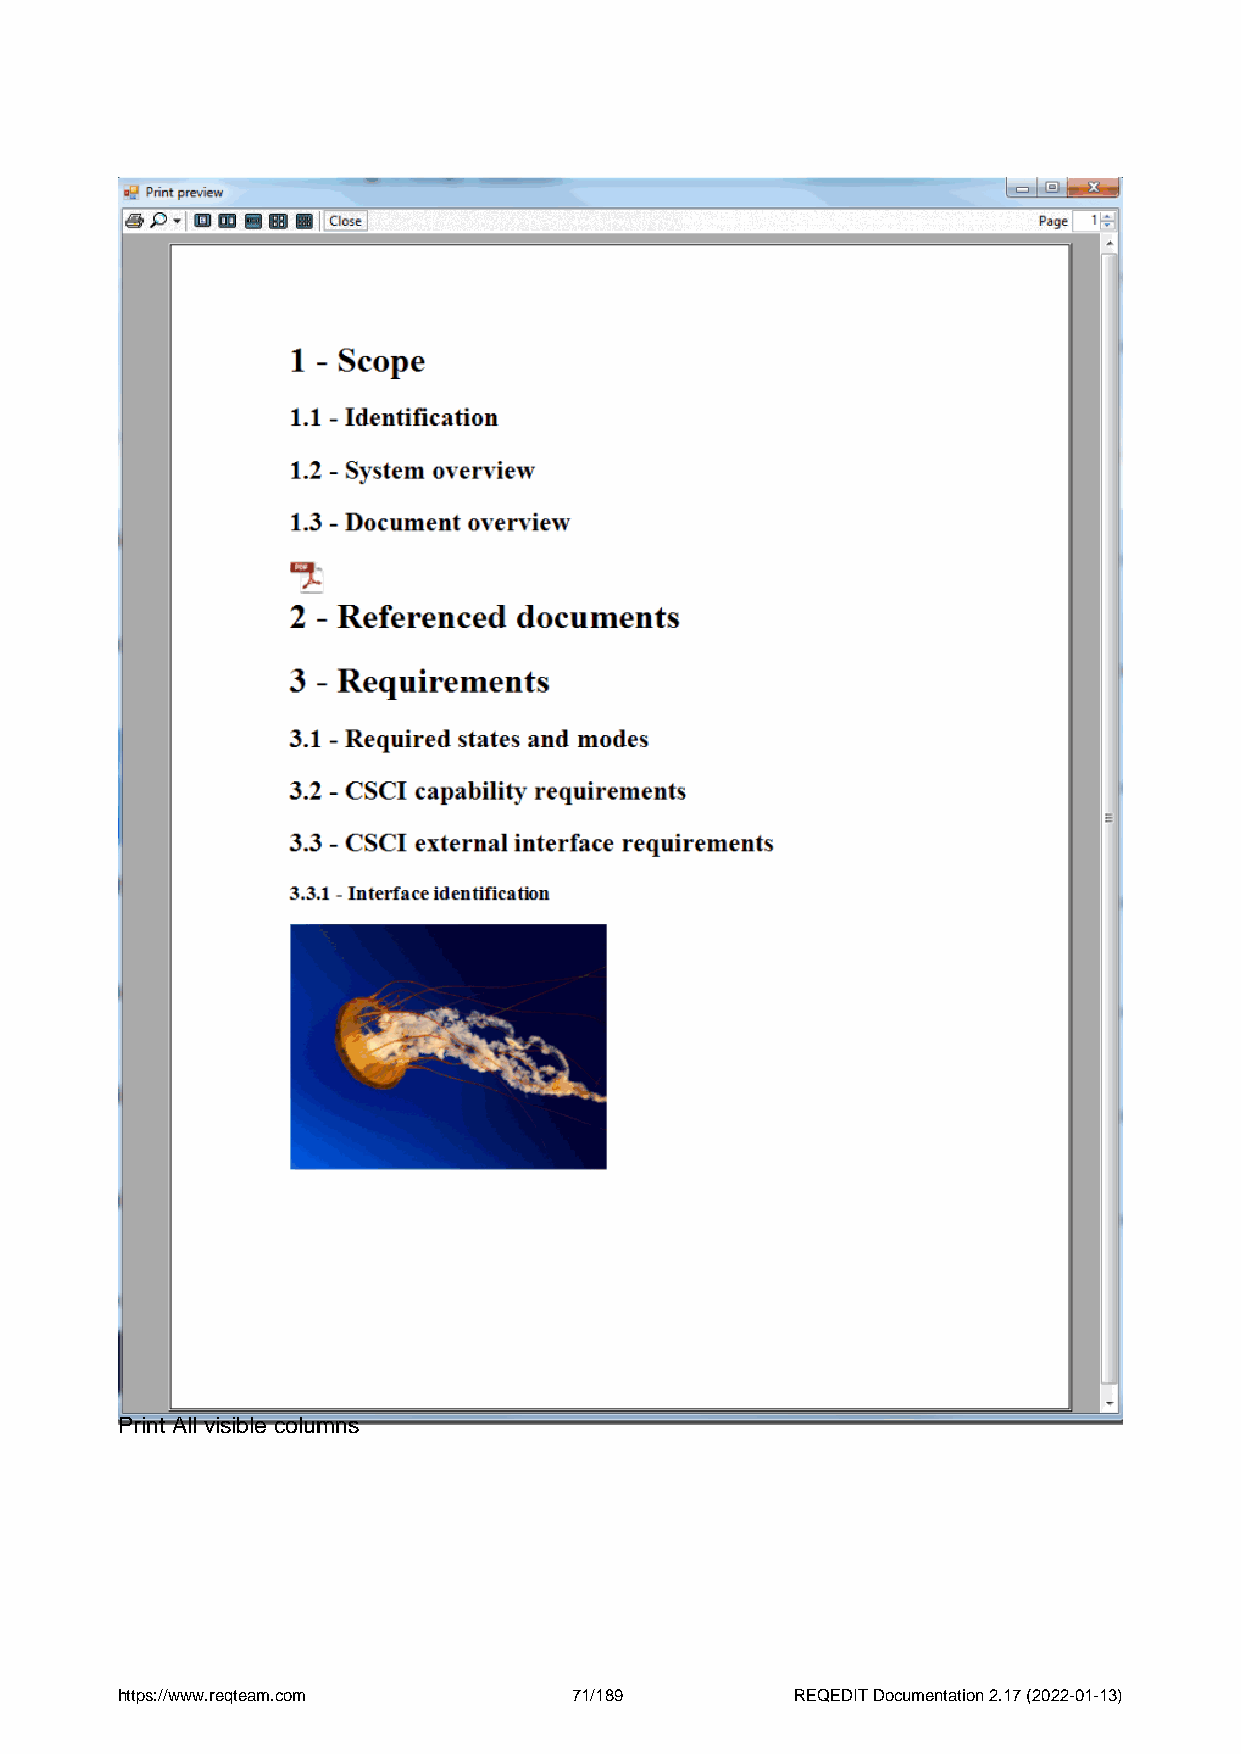
Print All visible columns
 https://www.reqteam.com       71/189         REQEDIT Documentation 2.17 (2022-01-13)